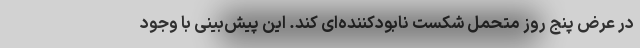
در عرض پنج روز متحمل شکست نابودکننده‌ای کند. این پیش‌بینی با وجود